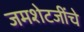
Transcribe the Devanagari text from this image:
जमशेटजींचे